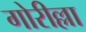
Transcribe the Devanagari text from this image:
गोरील्ला